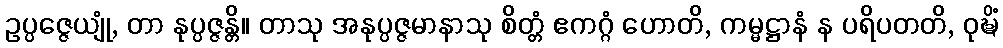
ဥပ္ပဇ္ဇေယျုံ, တာ နုပ္ပဇ္ဇန္တိ။ တာသု အနုပ္ပဇ္ဇမာနာသု စိတ္တံ ဧကဂ္ဂံ ဟောတိ, ကမ္မဋ္ဌာနံ န ပရိပတတိ, ဝုဍ္ဎိံ